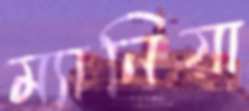
ম্যানিয়া